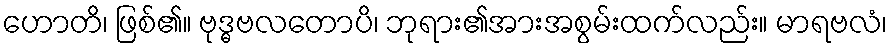
ဟောတိ၊ ဖြစ်၏။ ဗုဒ္ဓဗလတောပိ၊ ဘုရား၏အားအစွမ်းထက်လည်း။ မာရဗလံ၊